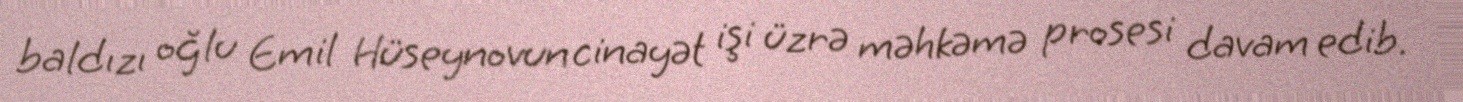
baldızı oğlu Emil Hüseynovun cinayət işi üzrə məhkəmə prosesi davam edib.